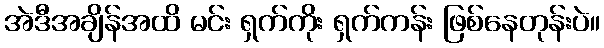
အဲဒီအချိန်အထိ မင်း ရှက်ကိုး ရှက်ကန်း ဖြစ်နေတုန်းပဲ။